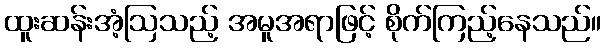
ထူးဆန်းအံ့ဩသည့် အမူအရာဖြင့် စိုက်ကြည့်နေသည်။